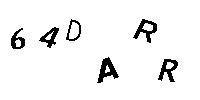
64DARR